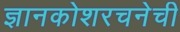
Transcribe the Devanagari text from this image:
ज्ञानकोशरचनेची